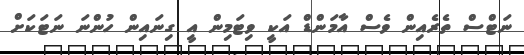
ނަޓްސް ތެރެއިން ވެސް އާމަންޑް އަކީ ވިޓަމިން އީ ގިނައިން ހުންނަ ނަޓަކަށް